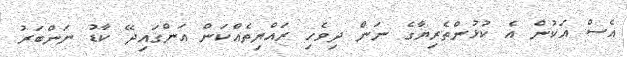
އެސް އަކުން އެ ކުޅުންތެރިޔާގެ ނަން ދިވެހި ރައްޔިތެއްކަން އަންގައިދޭ ކާޑު ނަންބަރު